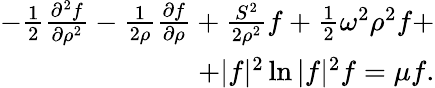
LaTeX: \begin{array}{r}{-\frac 12\frac{\partial^{2}f}{\partial\rho^{2}}-\frac 1{2\rho}\frac{\partial f}{\partial\rho}+\frac{S^{2}}{2\rho^{2}}f+\frac 12\omega^{2}\rho^{2}f+}\\ {+|f|^{2}\ln|f|^{2}f=\mu f.}\end{array}